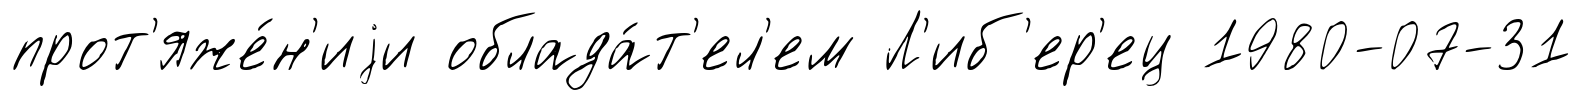
прот'яже́н'иjи облада́т'ел'ем Л'иб'ер'ец 1980-07-31